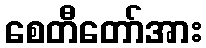
စေတီတော်အား